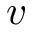
v